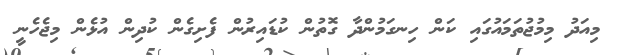
މިއަދު މިމުޖުތަމައުގައި ކަން ހިނގަމުންދާ ގޮތުން ކުޑައިރުން ފެށިގެން ކުދިން އުޅެން މިޖެހެނީ